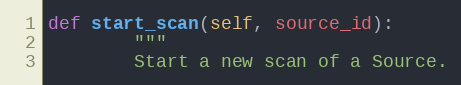
Language: Python
def start_scan(self, source_id):
        """
        Start a new scan of a Source.